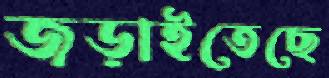
জড়াইতেছে